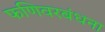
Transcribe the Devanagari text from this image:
फणिवरबंधना